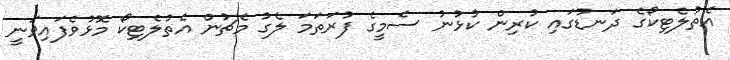
އެތުލެޓިކޯގެ ދަނޑުގައި ކުރިން ކުޅުނު ސެމީގެ ފުރަތަމަ ލެގު މެޗުން އެތުލެޓިކޯ މޮޅުވެފައިވަނީ